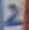
Text: 2